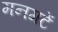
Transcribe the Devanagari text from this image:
मनगटें